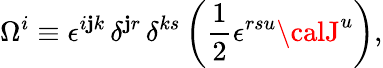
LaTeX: \Omega^{i}\equiv\epsilon^{i\mathbf{j}k}\, \delta^{\mathbf{j}r}\, \delta^{ks}\left(\frac{{1}}{{2}}\epsilon^{rsu}{\calJ}^{u}\right),